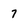
Character: 7